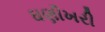
ઘણીખરી